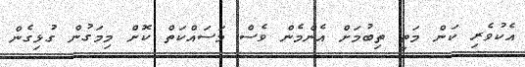
އެކުވެރި ކަން މަތީ ތިބުމަށް އެންމެން ވެސް މަސައްކަތް ކޮށް މިމަގުން ގުޅިގެން